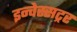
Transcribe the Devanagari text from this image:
इन्वेस्सट्रर